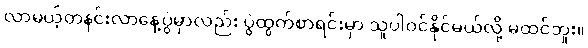
လာမယ့်တနင်းလာနေ့ပွဲမှာလည်း ပွဲထွက်စာရင်းမှာ သူပါဝင်နိုင်မယ်လို့ မထင်ဘူး။